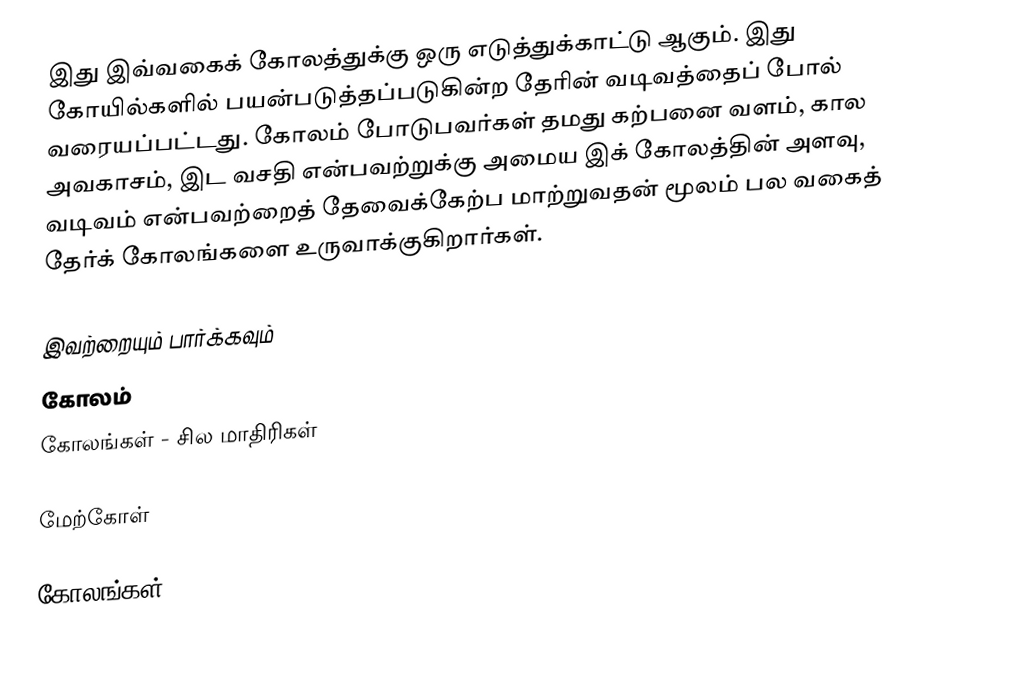
இது இவ்வகைக் கோலத்துக்கு ஒரு எடுத்துக்காட்டு ஆகும். இது கோயில்களில் பயன்படுத்தப்படுகின்ற தேரின் வடிவத்தைப் போல் வரையப்பட்டது. கோலம் போடுபவர்கள் தமது கற்பனை வளம், கால அவகாசம், இட வசதி என்பவற்றுக்கு அமைய இக் கோலத்தின் அளவு, வடிவம் என்பவற்றைத் தேவைக்கேற்ப மாற்றுவதன் மூலம் பல வகைத் தேர்க் கோலங்களை உருவாக்குகிறார்கள்.

இவற்றையும் பார்க்கவும்
 கோலம்
 கோலங்கள் - சில மாதிரிகள்

மேற்கோள்

கோலங்கள்